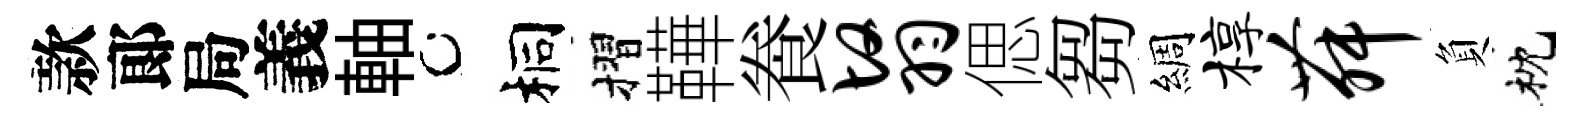
款郞局義軸桐摺鞾飬翳偲芻綢椁舞負枕